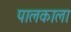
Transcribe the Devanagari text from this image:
पालकाला